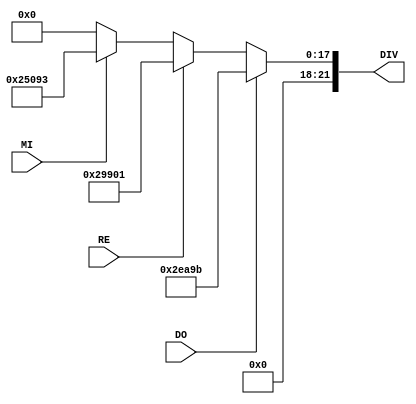
module F_choose(DO, RE, MI, DIV);
    input DO;
    input RE;
    input MI;
    output reg [21:0]DIV;
    
    always@*
        if (DO) DIV = 22'd191131;
        else if (RE) DIV = 22'd170241;
        else if (MI) DIV = 22'd151699;
        else DIV = 22'd0;
    
endmodule